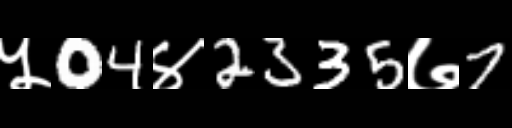
Text: ५04४2335७7